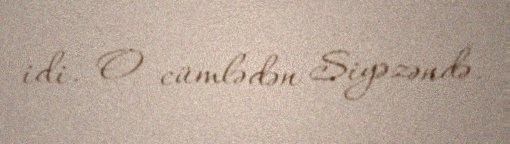
idi. O cümlədən Siyəzəndə.